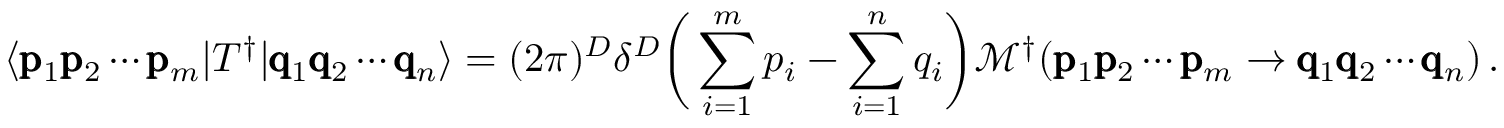
\langle \pmb { \mathrm { p } } _ { 1 } \pmb { \mathrm { p } } _ { 2 } \cdots \pmb { \mathrm { p } } _ { m } | T ^ { \dagger } | \pmb { \mathrm { q } } _ { 1 } \pmb { \mathrm { q } } _ { 2 } \cdots \pmb { \mathrm { q } } _ { n } \rangle = ( 2 \pi ) ^ { D } \delta ^ { D } \bigg ( \sum _ { i = 1 } ^ { m } p _ { i } - \sum _ { i = 1 } ^ { n } q _ { i } \bigg ) \mathcal { M } ^ { \dagger } ( \pmb { \mathrm { p } } _ { 1 } \pmb { \mathrm { p } } _ { 2 } \cdots \pmb { \mathrm { p } } _ { m } \rightarrow \pmb { \mathrm { q } } _ { 1 } \pmb { \mathrm { q } } _ { 2 } \cdots \pmb { \mathrm { q } } _ { n } ) \, .